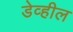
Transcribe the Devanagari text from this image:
डेव्हील